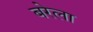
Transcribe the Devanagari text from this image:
बरेला